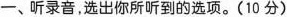
一、听录音，选出你所听到的选项。（10分）